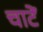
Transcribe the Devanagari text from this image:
चाटें